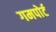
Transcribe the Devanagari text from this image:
गमपोर्ट